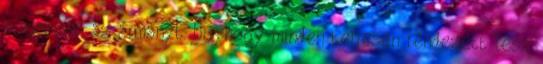
a rosszat, az ármányt. Úgyhogy minden teljesen rendezett lesz